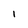
Character: I